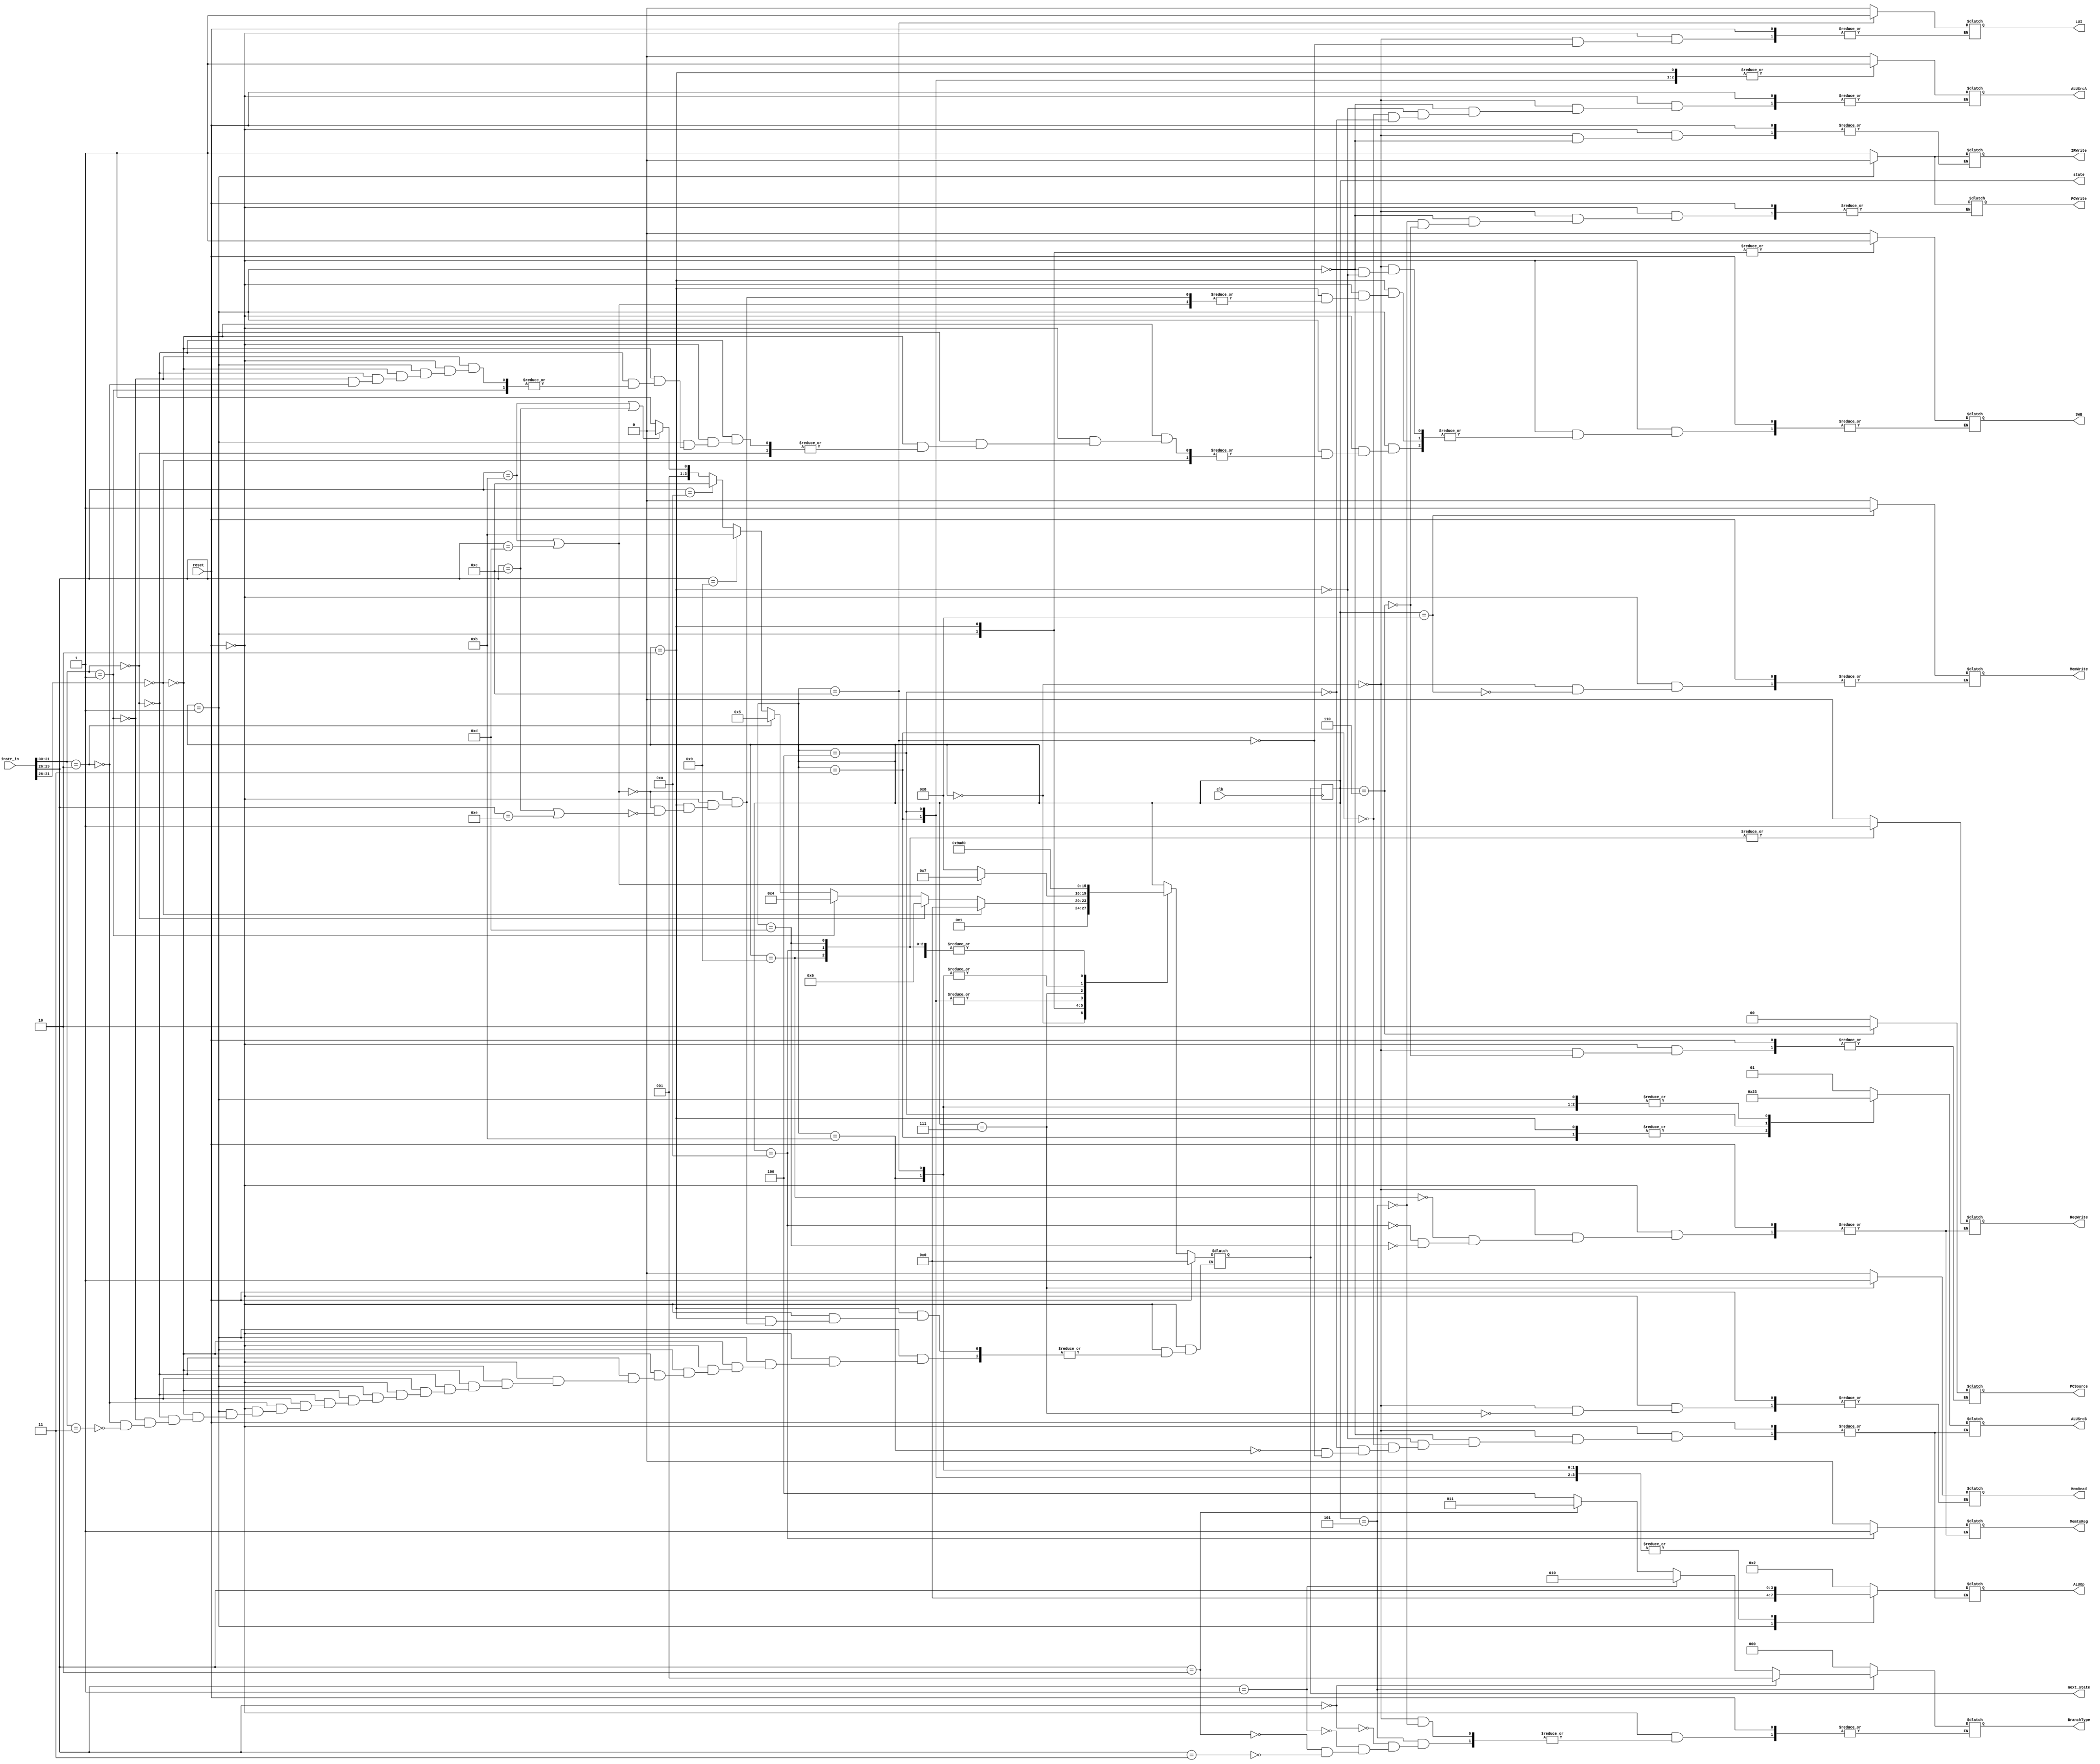
`timescale 1ns / 1ps
//////////////////////////////////////////////////////////////////////////////////
// Company: 
// Engineer: 
// 
// Design Name: 
// Module Name:    controller 
// Project Name: 
// Target Devices: 
// Tool versions: 
// Description: 
//
// Dependencies: 
//
// Revision: 
// Revision 0.01 - File Created
// Additional Comments: 
//
//////////////////////////////////////////////////////////////////////////////////
module controller(state, next_state, clk, reset,
						PCWrite, MemRead, MemWrite, IRWrite, MemtoReg,
						PCSource, ALUOp, ALUSrcB, ALUSrcA, RegWrite, BranchType, LUI, SWB,
						instr_in);
						
						// PCWriteCond not used
						// RegDst not used - reg destination is always the first reg in the instruction
						
	input						clk, reset;
	input			[31:0]	instr_in;
	output reg	[3:0]		state, next_state;
	output reg				PCWrite, MemRead, MemWrite, IRWrite, MemtoReg,
								ALUSrcA, RegWrite, LUI, SWB;
	output reg	[1:0]		PCSource, ALUSrcB;
	output reg  [2:0]    BranchType;
	output reg	[3:0]		ALUOp;
	
	initial begin
		state <= 4'd0;
		next_state <= 4'd0;
	end
	
	// Trigger the next state on the uptick of clock
	always @ (posedge clk) begin
				state <= next_state;
	end
	
	// *** Its important to remember that changes take place AFTER the state changes.
	
	always @ (reset or state or instr_in) begin
		if (reset)
				next_state = 0;
		else
			case (state)
				// State 0: Instruction fetch
				4'd0: begin
					next_state = 1;
					
					// Control outputs
					PCWrite		<= 1;			// *PC gets incremented after State 0 from PCSource set at earlier state
					MemRead		<= 0;			
					MemWrite		<= 0;			// Only fetch instruction from IMem after state 0 - this is the IReg enable
					IRWrite		<= 1;
					MemtoReg		<= 0;
					PCSource		<= 2'b00;	// PCSource is default to ALU wire out
					ALUOp			<= 4'b0010;	// State 0: use ADD to add 1 to current PC
					ALUSrcB		<= 2'b01;	// +1
					ALUSrcA		<= 0;			// Current PC
					RegWrite		<= 0;
					BranchType	<= 3'b000;
					LUI			<= 0;
					SWB			<= 0;			// Reset store word/branch flag
					
					// PC GETS INCREMENTED AFTER STATE 0!! ALWAYS!!
				
				end
					
				// State 1: Instruction decode/register fetch
				4'd1: begin
					PCWrite		<= 0;			// Not writing to PC here
					ALUSrcA		<= 0;
					ALUSrcB		<= 2'b11;
					ALUOp			<= 4'b0000;
					IRWrite		<= 0;
					
					// 000000 NOOP
					if (instr_in[31:26] == 6'b000000)
						next_state = 0;
					
					// 00 Jump
					else if (instr_in[31:30] == 2'b00)
						next_state = 6;
						
					// 01 Arithmetic/Logical R-type
					else if (instr_in[31:30] == 2'b01)	// MOV, ADD, SUB, OR, AND, XOR, SLT
						next_state = 4;
						
					// 10 Branch (I-type)
					else if (instr_in[31:30] == 2'b10) begin	// BEQ
						next_state = 5;
						SWB		  = 1;						// Raise the StoreWord/Branch flag for read selects into the reg file
						
					end
						
					// 11 Arithmetic/Logical I-type
					else if (instr_in[31:30] == 2'b11) begin
						if (instr_in[29:26] == 4'b1001) // LI
							next_state = 11;
						else if (instr_in[29:26] == 4'b1010)	// LUI
							next_state = 12;
						else if ((instr_in[29:26] == 4'b1011) || (instr_in[29:26] == 4'b1100))	// LWI, SWI, LW, SW
							next_state = 2;
						else	// ADDI, SUBI, ORI, ANDI, XORI, SLTI
							next_state = 3;
					end
				end
				
				// State 2: Memory address computation (LWI, SWI prep)
				4'd2: begin
					ALUSrcA		<= 1;
					ALUSrcB		<= 2'b10;
					ALUOp			<= 4'b0010;				// ALU add
					
					if ((instr_in[29:26] == 4'b1011) || (instr_in[29:26] == 4'b1101))				// LWI or LW
						next_state = 7; 
					else if ((instr_in[29:26] == 4'b1100) || (instr_in[29:26] == 4'b1110)) begin	// SWI or SW
						next_state = 8; 
						SWB			= 1;						// Raise SWB flag to read from R1
					end

				end
				
				// State 3: I-Type execution
				4'd3: begin
					ALUSrcA		<= 1;						// regA_out
					ALUSrcB		<= 2'b10;				// IReg_out[15:0] - immediate
					ALUOp			<= instr_in[29:26];	// ALU op determined by [29:26]
				
					next_state = 9;
				end
				
				// State 4: R-type execution
				4'd4: begin
					ALUSrcA		<= 1;						// regA_out
					ALUSrcB		<= 2'b00;				// regB_out
					ALUOp			<= instr_in[29:26];	// ALU op determined by [29:26]
					
					next_state = 9;
				end
				
				// State 5: Branch completion
				4'd5: begin
					PCWrite		<= 1;						// Write after this state
					// BranchControl controls Branch logic and PCSource
					if (instr_in[29:26] == 4'b0000)
						BranchType	<= 3'b001;					// BEQ
					else if (instr_in[29:26] == 4'b0001)
						BranchType	<= 3'b010;					// BNE
					else if (instr_in[29:26] == 4'b0010)
						BranchType	<= 3'b011;					// BLT
					else if (instr_in[29:26] == 4'b0011)
						BranchType	<= 3'b100;					// BLE

					next_state = 0;
				end
				
				// State 6: Jump completion
				4'd6: begin
					PCWrite		<= 1;						// Writing to PC the jump address (imm)
					PCSource		<= 2'b10;				// PCSource: Jump Address
					// Don't need ALU
					
					next_state = 0;
				end
				
				// State 7: Memory Access (LWI, LW)
				4'd7: begin
					MemRead		<= 1;						// R1 <- M[ZE(Imm)] (LWI)
					
					next_state = 10;
				end
				
				// State 8: Memory Access (SWI, SW)
				4'd8: begin
					MemWrite		<= 1;						// Writing to memory
					
					next_state = 0;
				end
				
				// State 9: I and R type completion
				4'd9: begin
					RegWrite		<= 1;						// Enable writing to a Reg
					MemtoReg		<= 0;						// Write contents of ALURegister to a Register
					
					next_state = 0;
				end
				
				// State 10: Write back (LWI)
				4'd10: begin
					RegWrite		<= 1;
					MemtoReg		<= 1;
					
					next_state = 0;
				end
				
				// State 11: LI
				4'd11: begin
					// ALUSrcA - don't care, we are only moving ALUSrcB
					ALUSrcB		<= 2'b11;				// ALUSrcB is the Zero extended immediate
					ALUOp			<= instr_in[29:26];	// ALU has special instructions for LI and LUI.
					
					next_state = 13;
				end
				
				// State 12: LUI
				4'd12: begin
					// ALUSrcA - don't care, we are only moving ALUSrcB
					ALUSrcB		<= 2'b11;				// ALUSrcB is the Zero extended immediate
					ALUOp			<= instr_in[29:26];	// ALU has special instructions for LI and LUI.
					LUI			<= 1;

					next_state = 13;
				end
				
				// State 13: LI and LUI completion
				4'd13: begin
					RegWrite		<= 1;					// Enable writing to a Reg
					MemtoReg		<= 0;					// MemtoReg remains 0 for Write ALUOut to reg (the immediate)
					
					next_state = 0;
				end
					
				default: next_state = state;
		endcase
	end

endmodule